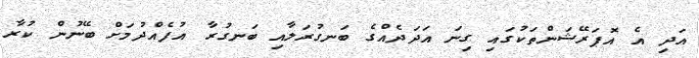
އަދި އެ އޮޕަރޭޝަންތަކުގައި ގިނަ އަދަދެއްގެ ބަނގުރަލާއި ބަނގުރާ އުފެއްދުމަށް ބޭނުން ކުރާ